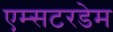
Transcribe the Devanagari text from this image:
एम्सटरडेम